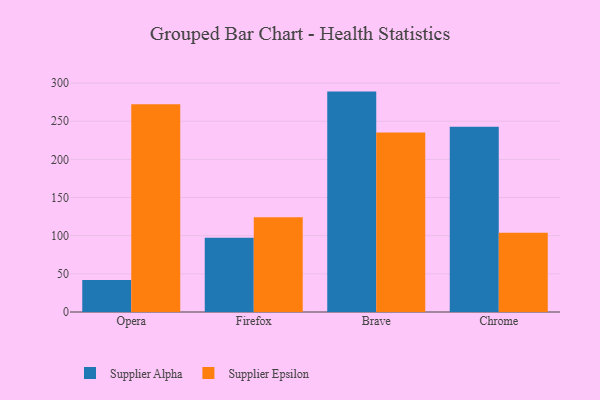
{"axis": {"x": "Browser", "y": "Headcount"}, "legend": ["Supplier Alpha", "Supplier Epsilon"], "data": [{"x": "Opera", "y": 41.9, "type": "Supplier Alpha"}, {"x": "Opera", "y": 272.1, "type": "Supplier Epsilon"}, {"x": "Firefox", "y": 97.4, "type": "Supplier Alpha"}, {"x": "Firefox", "y": 124.3, "type": "Supplier Epsilon"}, {"x": "Brave", "y": 288.8, "type": "Supplier Alpha"}, {"x": "Brave", "y": 235.2, "type": "Supplier Epsilon"}, {"x": "Chrome", "y": 242.9, "type": "Supplier Alpha"}, {"x": "Chrome", "y": 104.0, "type": "Supplier Epsilon"}]}